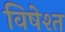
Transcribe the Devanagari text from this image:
विषेश्त